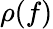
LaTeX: \rho(f)